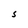
Character: S